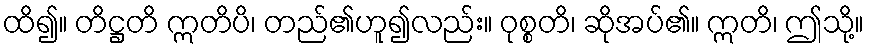
ထိ၍။ တိဋ္ဌတိ ဣတိပိ၊ တည်၏ဟူ၍လည်း။ ဝုစ္စတိ၊ ဆိုအပ်၏။ ဣတိ၊ ဤသို့။